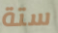
ستة